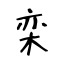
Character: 栾